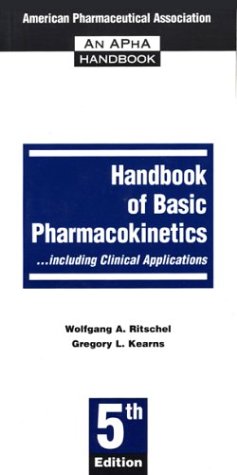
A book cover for Handbook of Basic Pharmacokineticsincluding Clinical Applications; W. A. Ritschel; Medical Books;